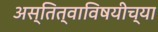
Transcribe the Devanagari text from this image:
अस्तित्वाविषयीच्या